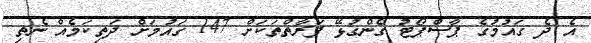
އެ ދެ ގައުމުގެ ޕާސްޕޯޓު ގެންގުޅޭ ފަރާތްތަކަށް 147 ގައުމަށް ދަތިކަމެއް ނެތި